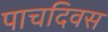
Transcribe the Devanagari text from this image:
पाचदिवस